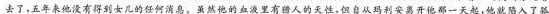
去了，五年来他没有得到女儿的任何消息。虽然他的血液里有猎人的天性，但自从玛利安离开他那一天起，他就陷入了孤